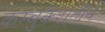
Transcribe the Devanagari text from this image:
कम्बुकेशतीर्थ